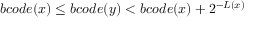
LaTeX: b c o d e ( x ) \leq b c o d e ( y ) < b c o d e ( x ) + 2 ^ { - L ( x ) }